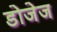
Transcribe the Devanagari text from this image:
डोजेज